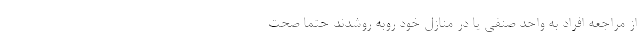
از مراجعه افراد به واحد صنفی یا در منازل خود روبه روشدند حتما صحت